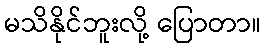
မသိနိုင်ဘူးလို့ ပြောတာ။